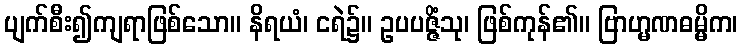
ပျက်စီး၍ကျရာဖြစ်သော။ နိရယံ၊ ငရဲ၌။ ဥပပဇ္ဇိံသု၊ ဖြစ်ကုန်၏။ ဗြာဟ္မဏဓမ္မိက၊